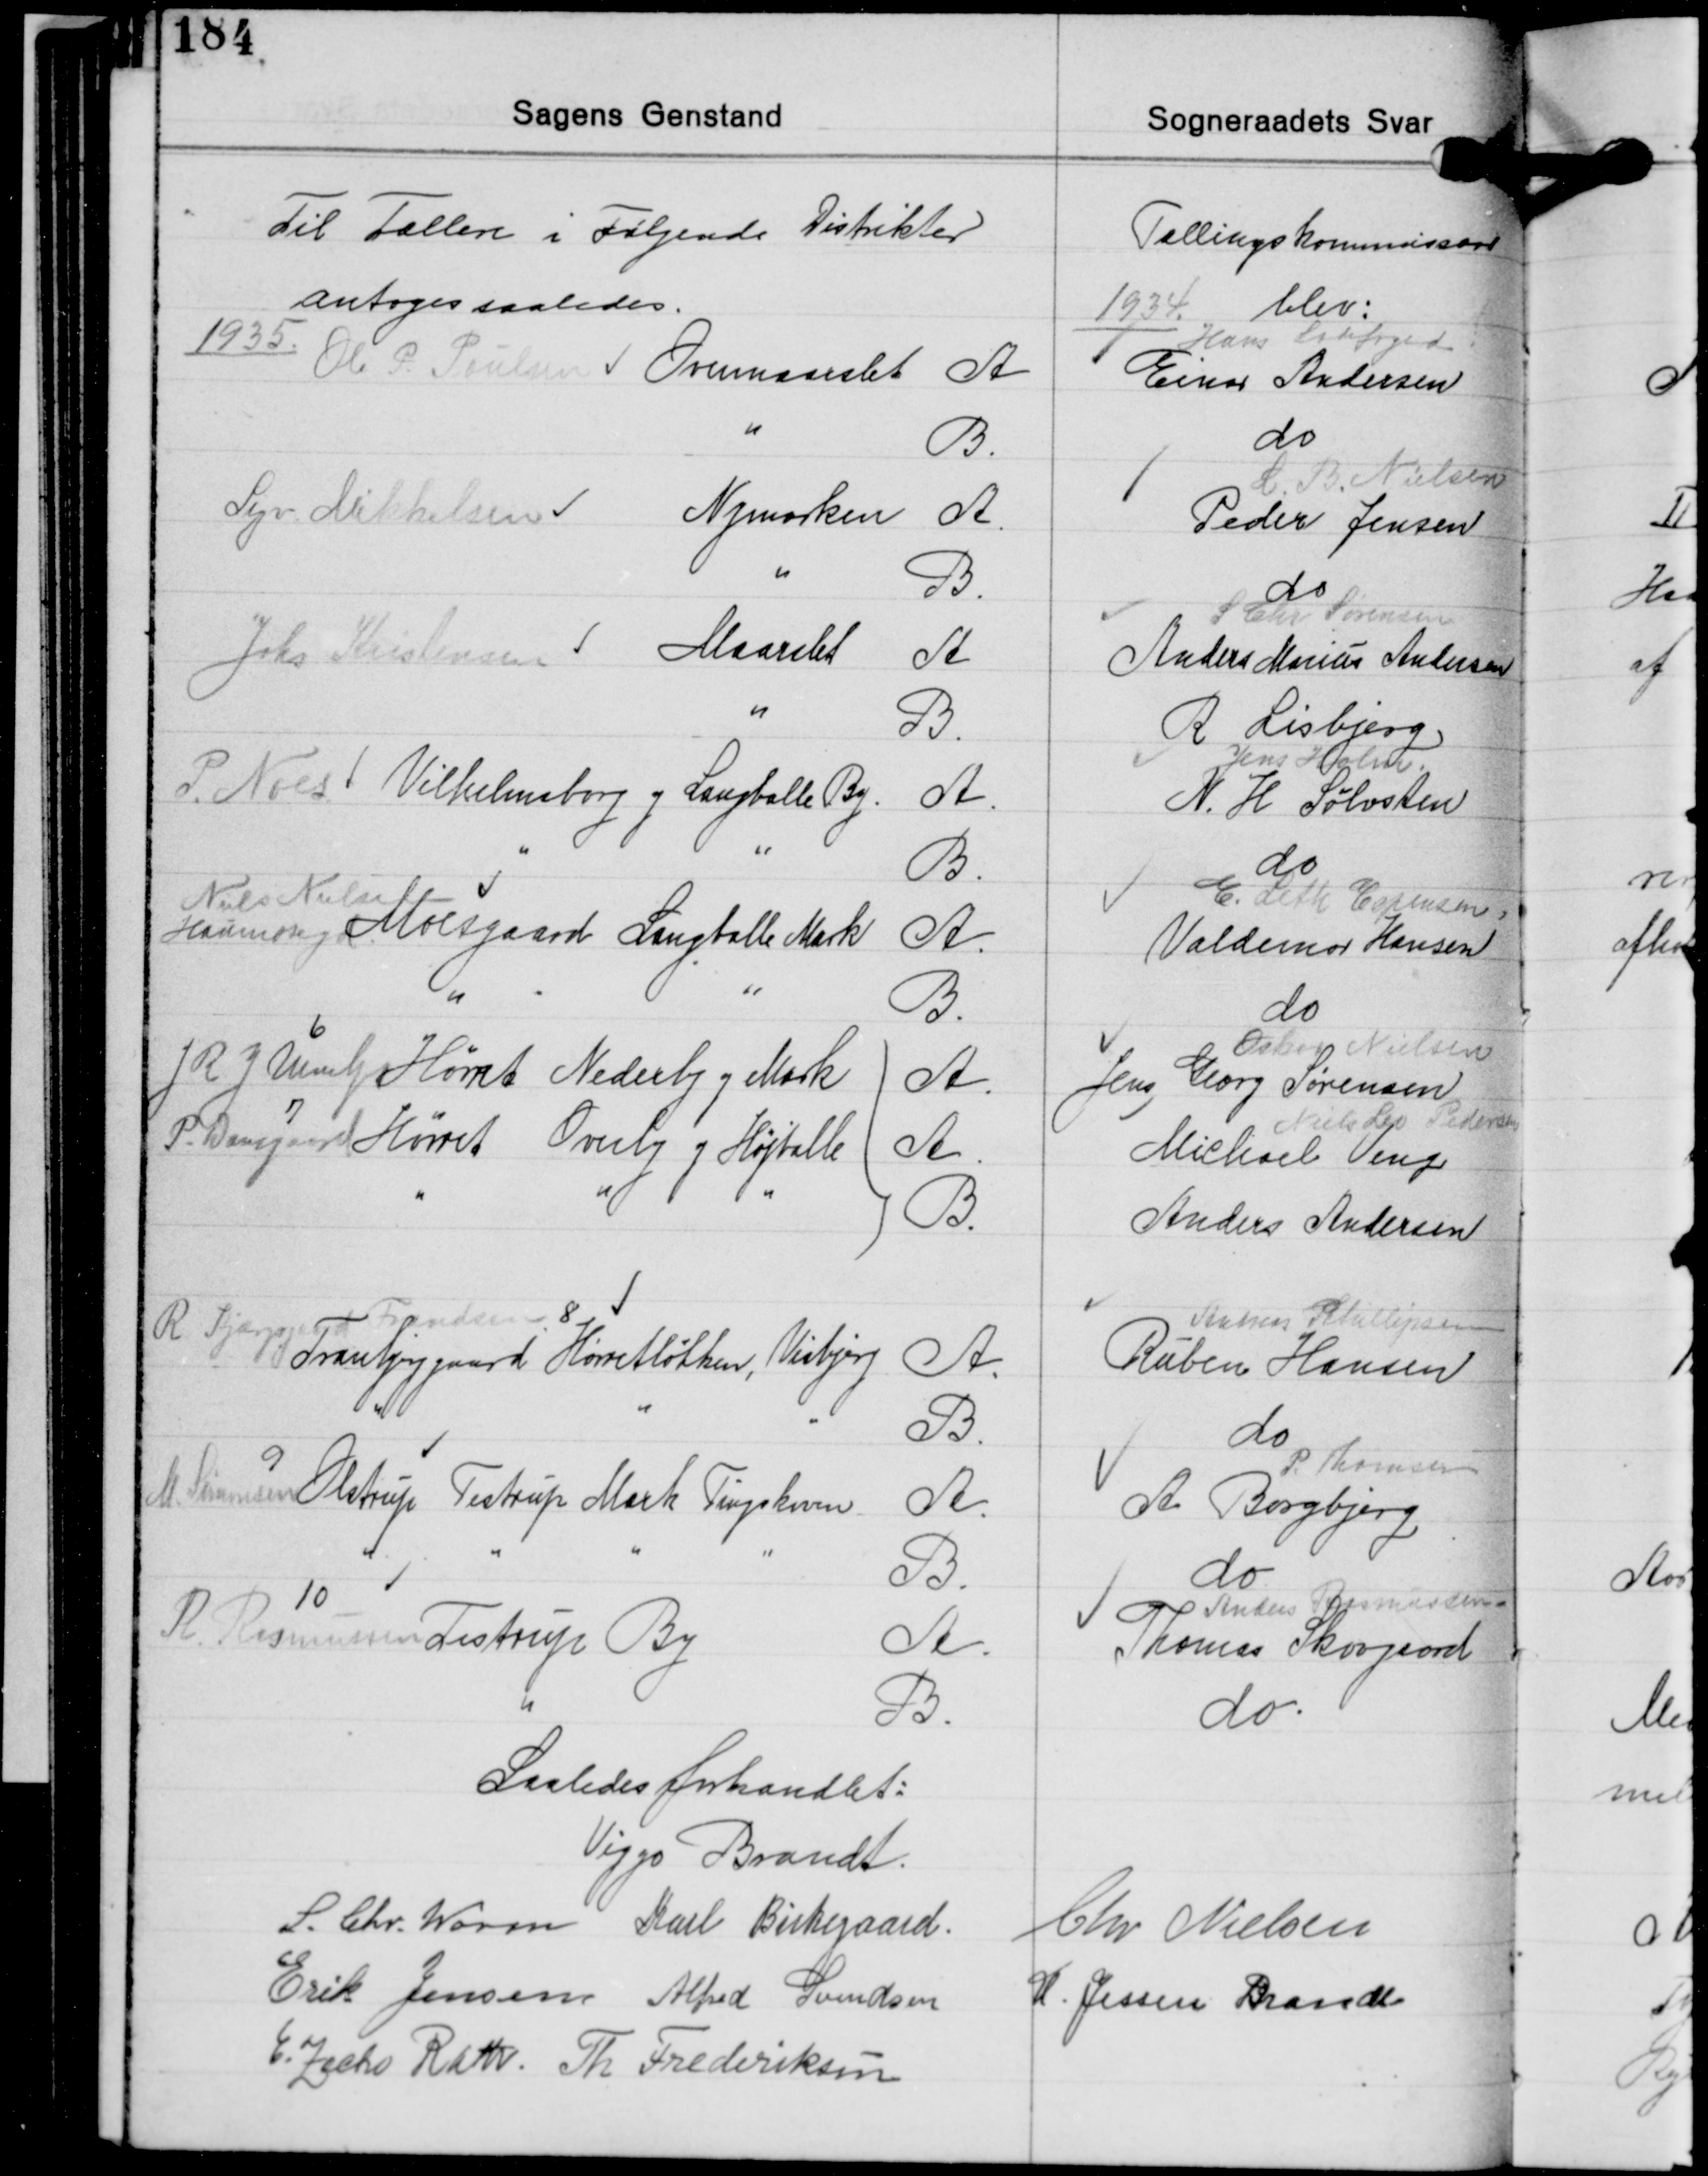
Transskription:
Saaledes forhandlet:
Viggo Brandt
S. Chr. Worm Karl Birkegaard
Chr. Nielsen
Erik Jensen Alfred Svendsen
H. Jessen Brandt
E. Zacho Rath Th. Frederiksen